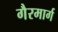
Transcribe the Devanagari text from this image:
गैरमार्ग